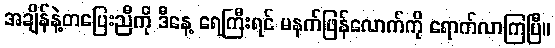
အချိန်နဲ့တပြေးညီကို ဒီနေ့ ရေကြီးရင် မနက်ဖြန်လောက်ကို ရောက်လာကြပြီ။